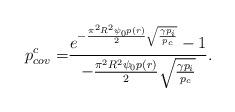
LaTeX: \begin{align*}p_{cov}^{c} = & \frac{e^{-\frac{\pi^2 R^2 \psi_0 p(r)}{2} \sqrt{\frac{\gamma p_i}{p_c}}}-1}{-\frac{\pi^2 R^2 \psi_0 p(r)}{2}\sqrt{\frac{\gamma p_i}{p_c}}}.\end{align*}